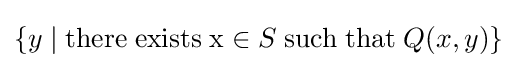
\{y\mid \mathrm {there} \;\mathrm {exists} \;\mathrm {x} \in S\;\mathrm {such} \;\mathrm {that} \;Q(x,y)\}